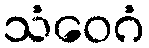
သံဝေဂံ